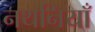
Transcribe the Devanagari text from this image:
नथनियाँ